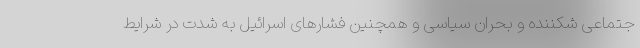
جتماعی شکننده و بحران سیاسی و همچنین فشارهای اسرائيل به شدت در شرایط